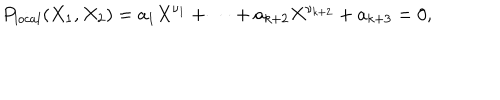
LaTeX: P _ { l o c a l } ( X _ { 1 } , X _ { 2 } ) = a _ { 1 } X ^ { \nu _ { 1 } } + \cdots + a _ { k + 2 } X ^ { \nu _ { k + 2 } } + a _ { k + 3 } = 0 ,